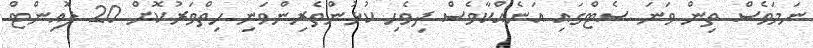
ނަމަވެސް ތިން ވަނަ ސެޓްގައި އަނެއްކާވެސް ދިވެހި ކުޅުންތެރިންވަނި ހިތްވަރުކޮށް 20 ޕޮއިންޓް